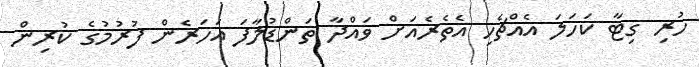
ހުރި ގިޓާ ކަހަލަ އެއްޗެހި އެތެރެއަށް ވައްދާ ތަންޑުލާފަ އަހަރެން ފުރުމުގެ ކުރިން